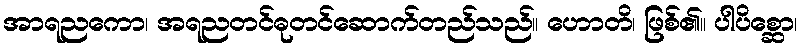
အာရညကော၊ အရညတင်ဓုတင်ဆောက်တည်သည်။ ဟောတိ၊ ဖြစ်၏။ ပါပိစ္ဆော၊